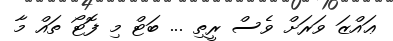
ޢައްޒަ ވަރަށް ވެސް ރީތި ... ބަޓް މި ފޮޓޯ ތައް މާ